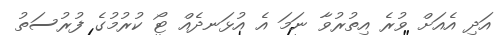
އަދި އެއަށް ވުރެ އިތުރުވާ ނަމަ އެ އުޅަނދެއް ޓޯ ކުރުމުގެ ފުރުސަތު